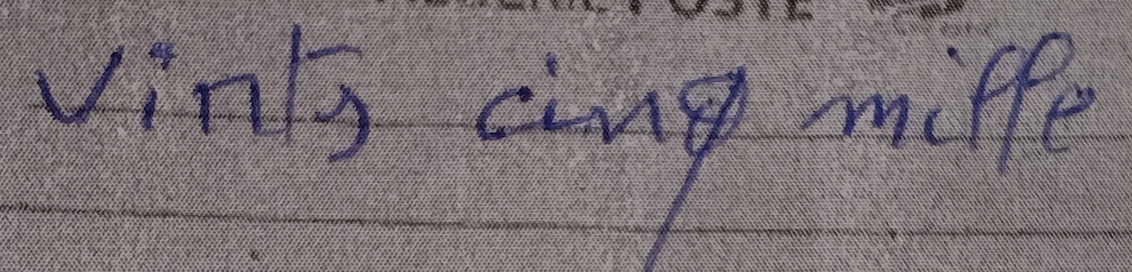
vints cinq mille